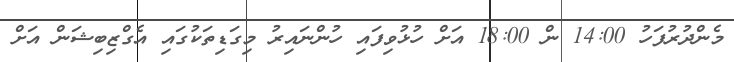
މެންދުރުފަހު 14:00 ން 18:00 އަށް ހުޅުވިފައި ހުންނައިރު މިގަޑިތަކުގައި އެގްޒިބިޝަން އަށް